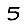
Digit: 5